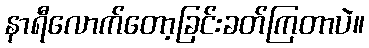
နာရီလောက်တော့ခြင်းခတ်ကြတာပဲ။